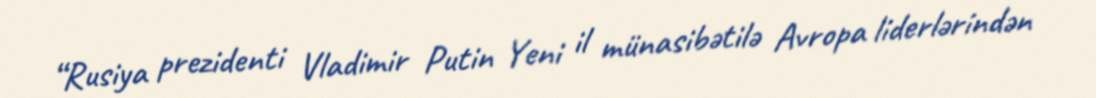
“Rusiya prezidenti Vladimir Putin Yeni il münasibətilə Avropa liderlərindən